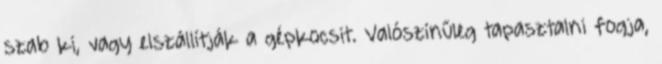
szab ki, vagy elszállítják a gépkocsit. Valószínűleg tapasztalni fogja,